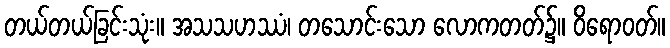
တယ်တယ်ခြင်းသုံး။ အသသဟဿံ၊ တသောင်းသော လောကတတ်၌။ ဝိရောဝတ်။